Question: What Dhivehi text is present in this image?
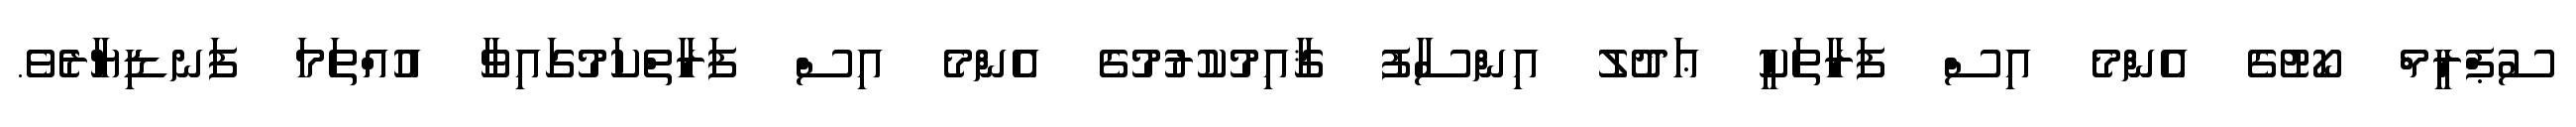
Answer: ސުޕްރީމް ކޯޓުގެ އެންމެ އިސް ފަރާތަކީ ޢަދުލު އިންސާފު ޤާއިމުކުރުމުގެ އެންމެ އިސް ފަރާތްކަމުގައިވާ އުއްތަމަ ފަނޑިޔާރެވެ.